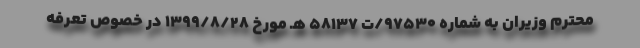
محترم وزیران به شماره ۹۷۵۳۰/ت ۵۸۱۳۷ هـ مورخ ۱۳۹۹/۸/۲۸ در خصوص تعرفه